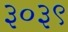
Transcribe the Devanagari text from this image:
३०३९